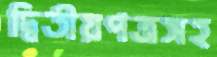
দ্বিতীয়পত্রসহ